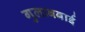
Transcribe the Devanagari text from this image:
गुलाबबाई